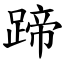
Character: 蹄